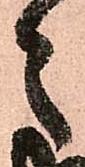
之